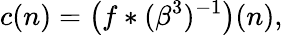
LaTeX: c(n)=\left(f*(\beta^{3})^{-1}\right)(n),